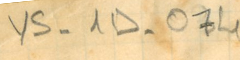
YS - 1D - 074